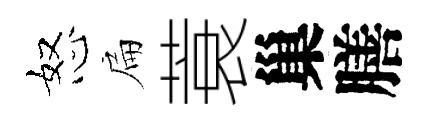
怒扁蓑巢膳